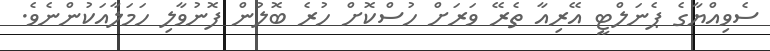
ސެވިއްޔާގެ ޕެނަލްޓީ އޭރިއާ ތެރޭ ވަރަށް ހުސްކޮށް ހުރެ ބޮލުން ފޮނުވާލި ހަމަލާއަކުންނެވެ.